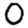
Digit: 0